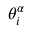
\theta _ { i } ^ { \alpha }